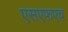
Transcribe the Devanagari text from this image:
एसएफएच